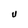
Character: U